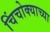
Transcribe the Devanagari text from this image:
चिंचोक्याच्या